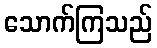
သောက်ကြသည်